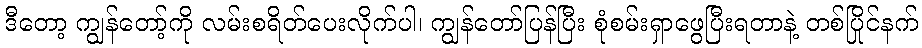
ဒီတော့ ကျွန်တော့်ကို လမ်းစရိတ်ပေးလိုက်ပါ၊ ကျွန်တော်ပြန်ပြီး စုံစမ်းရှာဖွေပြီးရတာနဲ့ တစ်ပြိုင်နက်